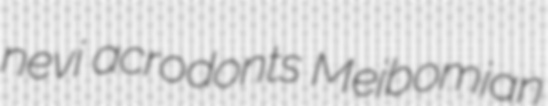
nevi acrodonts Meibomian